Medical and sanitary report of the native army of Madras for the year
Year: 1876
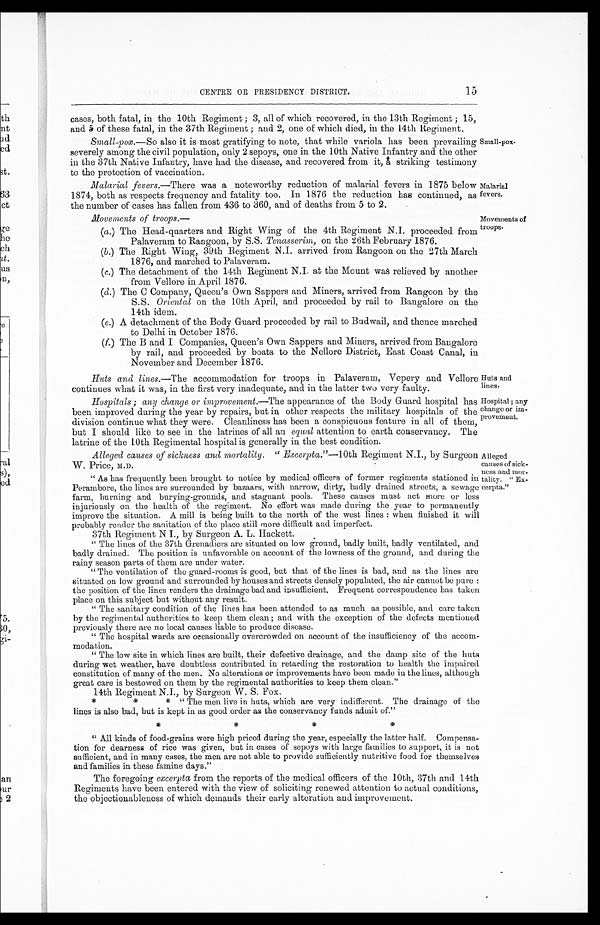
CENTRE OR PRESIDENCY DISTRICT.
15
cases, both fatal, in the 10th Regiment; 3, all of which recovered, in the 13th Regiment; 15,
and 5 of these fatal, in the 37th Regiment; and 2, one of which died, in the 14th Regiment.
Small-pox. —So also it is most gratifying to note, that while variola has been prevailing
severely among the civil population, only 2 sepoys, one in the 10th Native Infantry and the other
in the 37th Native Infantry, have had the disease, and recovered from it, a striking testimony
to the protection of vaccination.
Malarial fevers.—There was a noteworthy reduction of malarial fevers in 1875 below
1874, both as respects frequency and fatality too. In 1876 the reduction has continued, as
the number of cases has fallen from 436 to 360, and of deaths from 5 to 2.
Small-pox.
Malarial
fevers.
Movements of troops.—
(a.) The Head-quarters and Right Wing of the 4th Regiment N.I. proceeded from
Palaveram to Rangoon, by S.S. Tenasserim, on the 26th February 1876.
(b.) The Right Wing, 39th Regiment N. I. arrived from Rangoon on the 27th March
1876, and marched to Palaveram.
(c.) The detachment of the 14th Regiment N.I. at the Mount was relieved by another
from Vellore in April 1876.
(d.) The C Company, Queen's Own Sappers and Miners, arrived from Rangoon by the
S.S. Oriental on the 10th April, and proceeded by rail to Bangalore on the
14th idem.
(e.) A detachment of the Body Guard proceeded by rail to Budwail, and thence marched
to Delhi in October 1876.
(f.) The B and I Companies, Queen's Own Sappers and Miners, arrived from Bangalore
by rail, and proceeded by boats to the Nellore District, East Coast Canal, in
November and December 1876.
Movements of
troops.
Huts and lines.—The accommodation for troops in Palaveram, Vepery and Vellore
continues what it was, in the first very inadequate, and in the latter two very faulty.
Huts and lines.
Hospitals; any change or improvement. —The appearance of the Body Guard hospital has
been improved during the year by repairs, but in other respects the military hospitals of the
division continue what they were. Cleanliness has been a conspicuous feature in all of them,
but I should like to see in the latrines of all an equal attention to earth conservancy. The
latrine of the 10th Regimental hospital is generally in the best condition.
Alleged causes of sickness and mortality. "Excerpta."—10th Regiment N.I., by Surgeon
o
W. Price, M.D.
"As has frequently been brought to notice by medical officers of former regiments stationed in
Perambore, the lines are surrounded by bazaars, with narrow, dirty, badly drained streets, a sewage
farm, burning and burying-grounds, and stagnant pools. These causes must act more or less
injuriously on the health of the regiment. No effort was made during the year to permanently
improve the situation. A mill is being built to the north of the west lines: when finished it will
probably reader the sanitation of the place still more difficult and imperfect.
37th Regiment N I., by Surgeon A. L. Hackett.
"The lines of the 37th Grenadiers are situated on low ground, badly built, badly ventilated, and
badly drained. The position is unfavorable on account of the lowness of the ground, and during the
rainy season parts of them are under water.
"The ventilation of the guard-rooms is good, but that of the lines is bad, and as the lines are
situated on low ground and surrounded by houses and streets densely populated, the air cannot be pure:
the position of the lines renders the drainage bad and insufficient. Frequent correspondence has taken
place on this subject but without any result.
"The sanitary condition of the lines has been attended to as much as possible, and care taken
by the regimental authorities to keep them clean; and with the exception of the defects mentioned
previously there are no local causes liable to produce disease.
"The hospital wards are occasionally overcrowded on account of the insufficiency of the accom-
modation.
"The low site in which lines are built, their defective drainage, and the damp site of the huts
during wet weather, have doubtless contributed in retarding the restoration to health the impaired
constitution of many of the men. No alterations or improvements have been made in the lines, although
great care is bestowed on them by the regimental authorities to keep them clean."
14th Regiment N.I., by Surgeon W. S. Fox.
* * * "The men live in huts; which are very indifferent. The drainage of the
lines is also bad, but is kept in as good order as the conservancy funds admit of."
* * * * "All kinds of food-grains were high priced during the year, especially the latter half. Compensa-
tion for dearness of rice was given, but in cases of sepoys with large families to support, it is not
sufficient, and in many cases, the men are not able to provide sufficiently nutritive food for themselves
and families in these famine days."
The foregoing excerpta from the reports of the medical officers of the 10th, 37th and 14th
Regiments have been entered with the view of soliciting renewed attention to actual conditions,
the objectionableness of which demands their early alteration and improvement.
Hospital; any
change or im-
provement.
Alleged
causes of sick-
ness and mor-
tality. "E
x-cerpta."